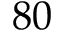
8 0